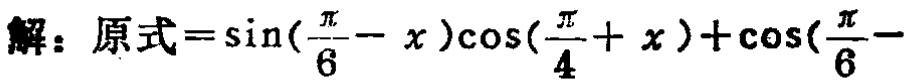
解：原式\(=\sin(\frac{\pi}{6}- x)\cos(\frac{\pi}{4}+ x)+\cos(\frac{\pi}{6}- \)